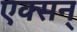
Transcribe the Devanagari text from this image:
एक्सन्